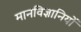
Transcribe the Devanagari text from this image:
मानविज्ञानियों